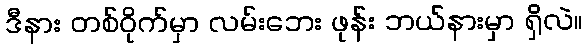
ဒီနား တစ်ဝိုက်မှာ လမ်းဘေး ဖုန်း ဘယ်နားမှာ ရှိလဲ။